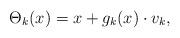
LaTeX: \begin{align*}\Theta_{k}(x)= x + g_k(x)\cdot v_k, \end{align*}